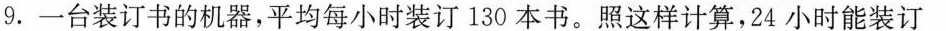
9.一台装订书的机器，平均每小时装订130本书。照这样计算，24小时能装订